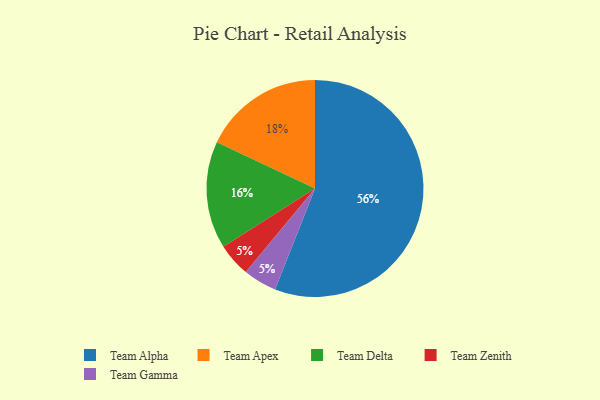
{"axis": {"x": "Category", "y": "Percentage"}, "legend": ["Team Alpha", "Team Apex", "Team Delta", "Team Gamma", "Team Zenith"], "data": [{"x": "Team Zenith", "y": 5, "type": "Team Zenith"}, {"x": "Team Gamma", "y": 5, "type": "Team Gamma"}, {"x": "Team Delta", "y": 16, "type": "Team Delta"}, {"x": "Team Alpha", "y": 56, "type": "Team Alpha"}, {"x": "Team Apex", "y": 18, "type": "Team Apex"}]}